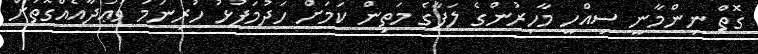
ގޮތް ނިންމާނީ ސިއްހީ މާހިރުންގެ ލަފާގެ މަތިން ކަމަށް ހަދުމަފުޅު ހުރިނަމަ ވަޢުދާއެއްގޮތަށް